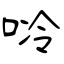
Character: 唥